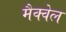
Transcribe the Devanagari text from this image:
मैक्वेल